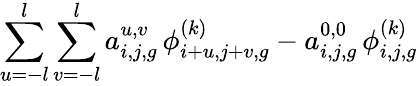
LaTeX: \sum_{u=-l}^{l}\sum_{v=-l}^{l}a_{i,j,g}^{u,v}\, \phi_{i+u,j+v,g}^{(k)}-a_{i,j,g}^{0,0}\, \phi_{i,j,g}^{(k)}